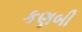
કણબી